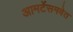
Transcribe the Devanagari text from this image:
आमटेंसमवेत